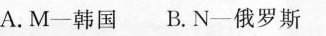
A.M-韩国B.N-俄罗斯